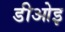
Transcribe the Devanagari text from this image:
डीओइ